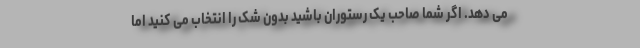
می دهد. اگر شما صاحب یک رستوران باشید بدون شک را انتخاب می کنید اما